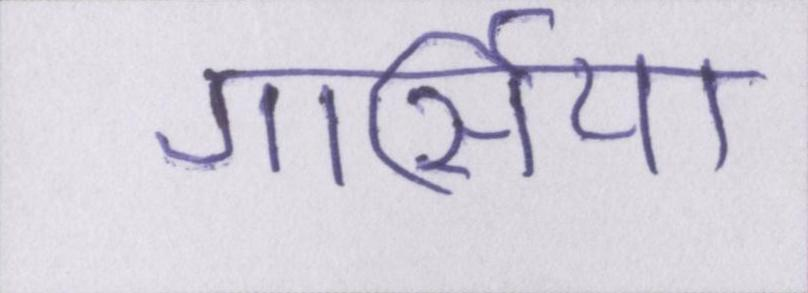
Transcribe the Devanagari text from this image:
गार्सिया